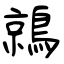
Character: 鶁